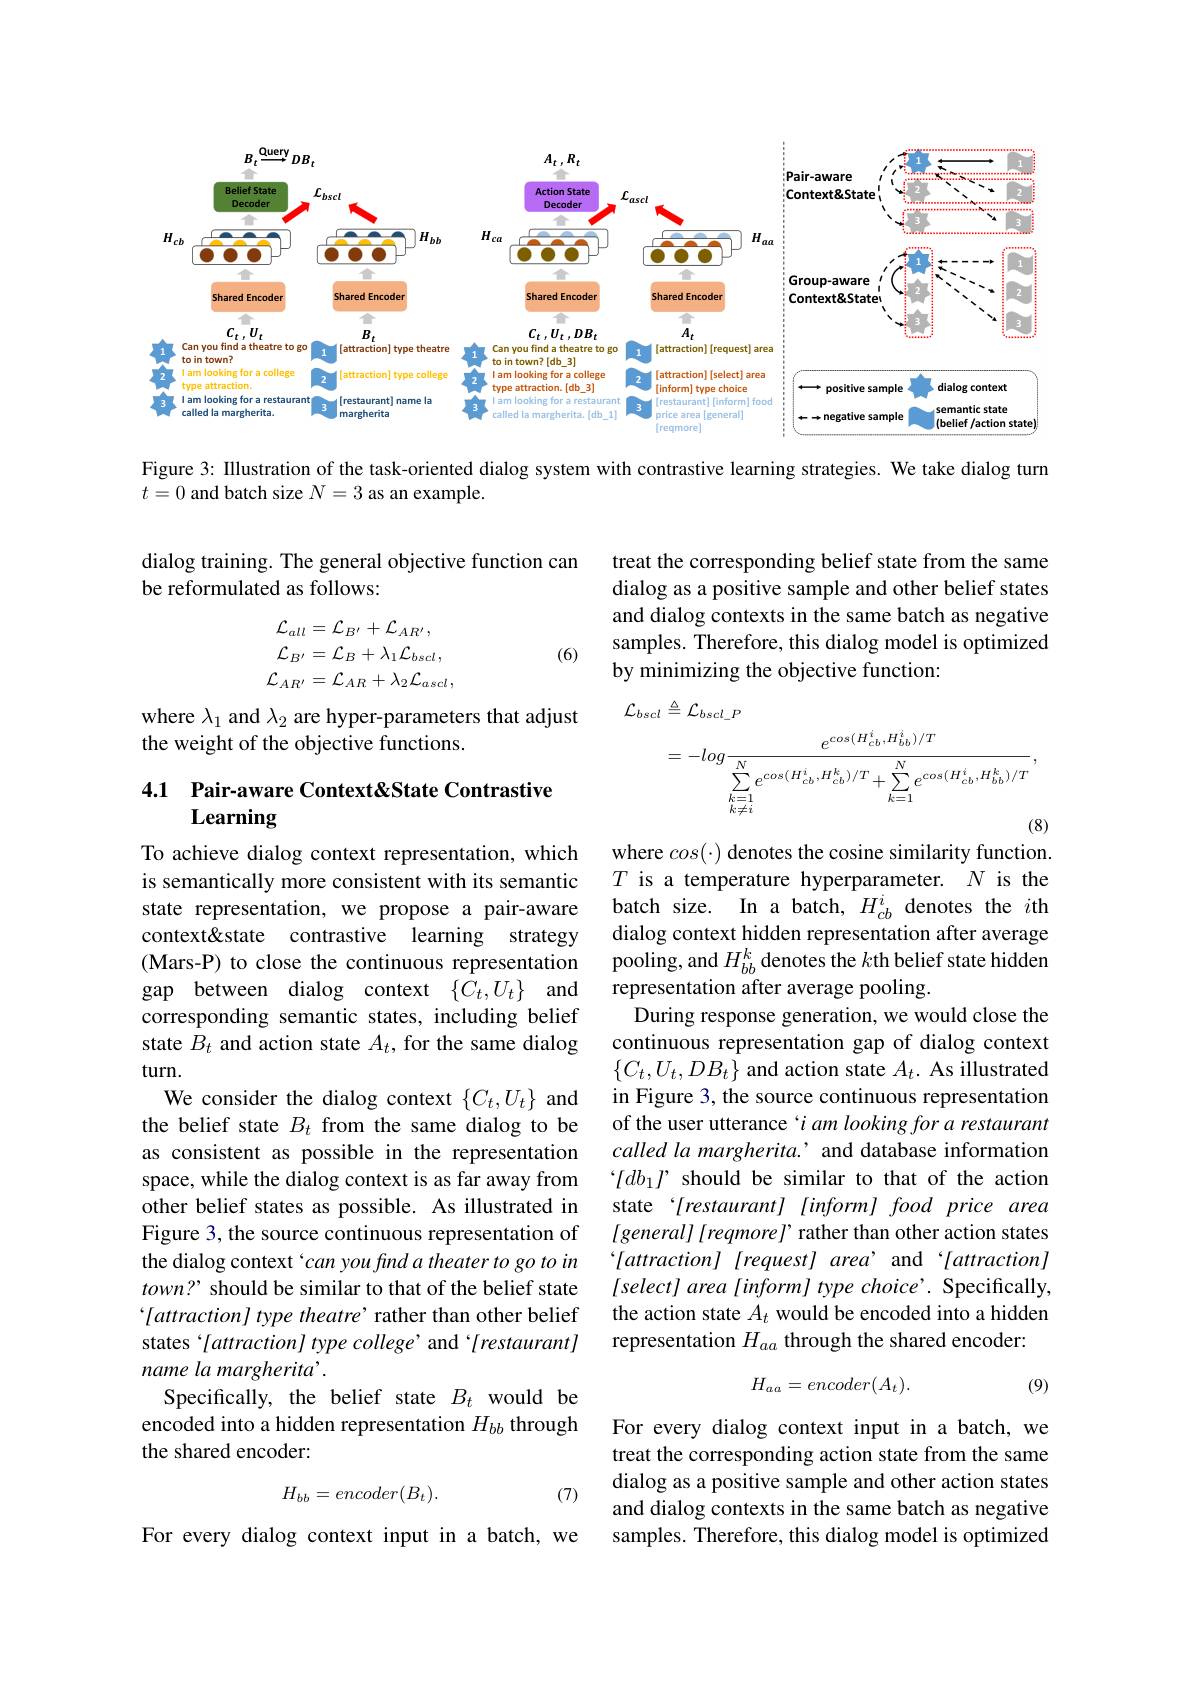
<FigureHere>

Figure 3: Illustration of the task-oriented dialog system with contrastive learning strategies. We take dialog turn
$t=0$ and batch size $N=3$ as an example.

## dialog training. The general objective function can be reformulated as follows:

treat the corresponding belief state from the same dialog as a positive sample and other belief states and dialog contexts in the same batch as negative samples. Therefore, this dialog model is optimized by minimizing the objective function:
$$\begin{aligned}\mathcal{L}_{all}&=\mathcal{L}_{B^{\prime}}+\mathcal{L}_{AR^{\prime}},\\\mathcal{L}_{B^{\prime}}&=\mathcal{L}_{B}+\lambda_{1}\mathcal{L}_{bscl},\\\mathcal{L}_{AR^{\prime}}&=\mathcal{L}_{AR}+\lambda_{2}\mathcal{L}_{ascl},\end{aligned}$$
(6)

where $\lambda_1$ and $\lambda_2$ are hyper-parameters that adjust
the weight of the objective functions.
$$\begin{aligned}\mathcal{L}_{bscl}&\triangleq\mathcal{L}_{bscl_P}\\&=-log\frac{e^{cos(H_{cb}^{i},H_{bb}^{i})/T}}{\sum_{k=1\atop k\neq i}^{N}e^{cos(H_{cb}^{i},H_{cb}^{k})/T}+\sum_{k=1}^{N}e^{cos(H_{cb}^{i},H_{bb}^{k})/T}},\end{aligned}$$
## 4.1 Pair-aware Context&State Contrastive Learning

where $cos(\cdot)$ denotes the cosine similarity function. $T$ is a temperature hyperparameter.$N$ is the batch size. In a batch, $H_{cb}^i$ denotes the $i$th dialog context hidden representation after average pooling, and $H_bb^k$ denotes the $k$th belief state hidden representation after average pooling.
During response generation, we would close the continuous representation gap of dialog context $\{C_{t},U_{t},DB_{t}\}$ and action state $A_t.$ As illustrated in Figure 3, the source continuous representation of the user utterance i am looking for a restaurant called la margherita. ' and database information '[db_1J should be similar to that of the action state '[restaurant] [inform] food price area $lgeneral][reqmorel’$ rather than other action states $`[attraction]~[request]~area’and~`[attraction]$ [select] area [inform] type choice'. Specifically, the action state $A_t$ would be encoded into a hidden representation $H_{aa}$ through the shared encoder:

To achieve dialog context representation, which is semantically more consistent with its semantic state representation, we propose a pair-aware context& contrastive learning strategy (Mars-P) to close the continuous representation gap between dialog context $\{ C_t, U_t\}$ and corresponding semantic states, including belief state $B_t$ and action state $A_t$, for the same dialog turn.
We consider the dialog context $\{C_t,U_t\}$ and the belief state $B_t$ from the same dialog to be as consistent as possible in the representation space, while the dialog context is as far away from other belief states as possible. As illustrated in Figure 3, the source continuous representation of the dialog context `can you find a theater to go to in $town?$ should be similar to that of the belief state “[attraction] type theatre’ rather than other belief states '[attraction] type college' and '[restaurant] name la margherita’.
Specifically, the belief state $B_t$ would be encoded into a hidden representation $H_{bb}$ through the shared encoder:
$$H_{bb}=encoder(B_t).$$
$$H_{aa}=encoder(A_t).$$
(9)

For every dialog context input in a batch, we treat the corresponding action state from the same dialog as a positive sample and other action states and dialog contexts in the same batch as negative samples. Therefore, this dialog model is optimized

(7)

For every dialog context input in a batch, we